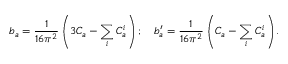
b _ { a } = \frac { 1 } { 1 6 \pi ^ { 2 } } \left( 3 C _ { a } - \sum _ { i } C _ { a } ^ { i } \right) ; \quad b _ { a } ^ { \prime } = \frac { 1 } { 1 6 \pi ^ { 2 } } \left( C _ { a } - \sum _ { i } C _ { a } ^ { i } \right) .